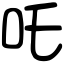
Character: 吒